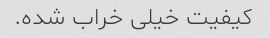
کیفیت خیلی خراب شده.